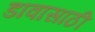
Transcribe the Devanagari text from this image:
डावासाठी